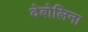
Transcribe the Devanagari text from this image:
देबोलिना